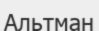
Альтман